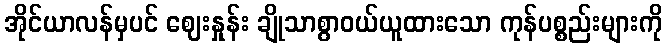
အိုင်ယာလန်မှပင် ဈေးနှုန်း ချိုသာစွာဝယ်ယူထားသော ကုန်ပစ္စည်းများကို